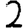
Digit: 2